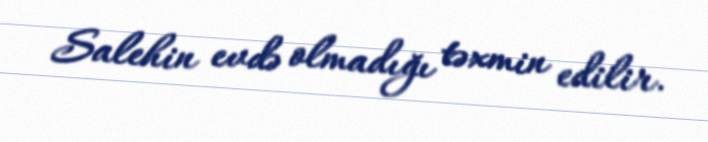
Salehin evdə olmadığı təxmin edilir.